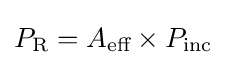
P_{\text{R}}=A_{\text{eff}}\times P_{\text{inc}}